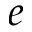
e